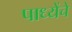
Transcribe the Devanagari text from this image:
पाध्येंचे